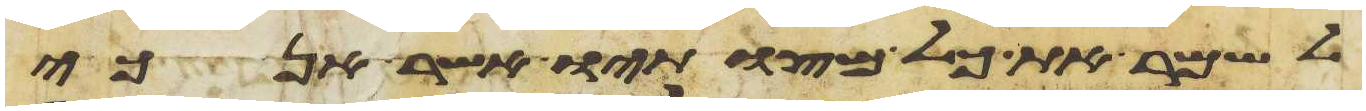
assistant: לשמר את כל מצותיו אשר אנכי